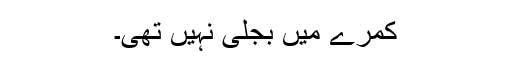
کمرے میں بجلی نہیں تھی۔